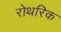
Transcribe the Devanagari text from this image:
रोथरिक